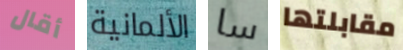
أقال الألمانية سا مقابلتها